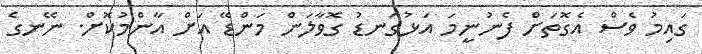
ގައިމު ވެސް އެގޮތަށް ފެނުނީމަ އަޅުގަނޑު ގޮވާލަން މަންޑޭ އަށް އާންމުކޮށް. ނޭނގެ